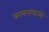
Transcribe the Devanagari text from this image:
कामनावालों